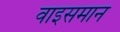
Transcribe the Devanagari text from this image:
वाइसमान